Plague in India, 1896, 1897 - Volume 1
Year: 1896
Disease focus: Plague
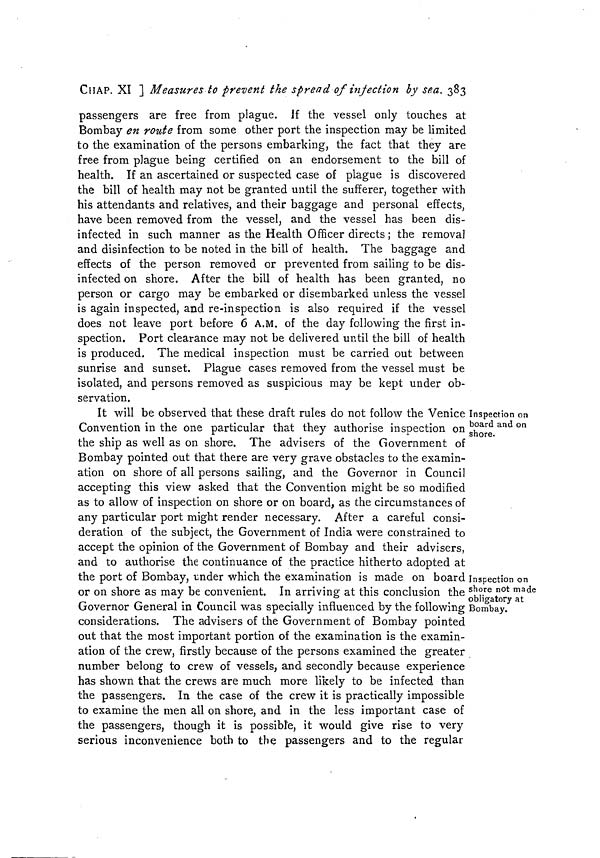
CHAP. XI ] Measures to prevent the spread of infection by sea. 383
passengers are free from plague. If the vessel only touches at
Bombay en route from some other port the inspection may be limited
to the examination of the persons embarking, the fact that they are
free from plague being certified on an endorsement to the bill of
health. If an ascertained or suspected case of plague is discovered
the bill of health may not be granted until the sufferer, together with
his attendants and relatives, and their baggage and personal effects,
have been removed from the vessel, and the vessel has been dis-
infected in such manner as the Health Officer directs; the removal
and disinfection to be noted in the bill of health. The baggage and
effects of the person removed or prevented from sailing to be dis-
infected on shore. After the bill of health has been granted, no
person or cargo may be embarked or disembarked unless the vessel
is again inspected, and re-inspection is also required if the vessel
does not leave port before 6 A.M. of the day following the first in-
spection. Port clearance may not be delivered until the bill of health
is produced. The medical inspection must be carried out between
sunrise and sunset. Plague cases removed from the vessel must be
isolated, and persons removed as suspicious may be kept under ob-
servation.
Inspection on
board and on
shore.
Inspection on
shore not made
obligatory at
Bombay.
It will be observed that these draft rules do not follow the Venice
Convention in the one particular that they authorise inspection on
the ship as well as on shore. The advisers of the Government of
Bombay pointed out that there are very grave obstacles to the examin-
ation on shore of all persons sailing, and the Governor in Council
accepting this view asked that the Convention might be so modified
as to allow of inspection on shore or on board, as the circumstances of
any particular port might render necessary. After a careful consi-
deration of the subject, the Government of India were constrained to
accept the opinion of the Government of Bombay and their advisers,
and to authorise the continuance of the practice hitherto adopted at
the port of Bombay, under which the examination is made on board
or on shore as may be convenient. In arriving at this conclusion the
Governor General in Council was specially influenced by the following
considerations. The advisers of the Government of Bombay pointed
out that the most important portion of the examination is the examin-
ation of the crew, firstly because of the persons examined the greater
number belong to crew of vessels, and secondly because experience
has shown that the crews are much more likely to be infected than
the passengers. In the case of the crew it is practically impossible
to examine the men all on shore, and in the less important case of
the passengers, though it is possible, it would give rise to very
serious inconvenience both to the passengers and to the regular